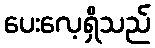
ပေးလေ့ရှိသည်